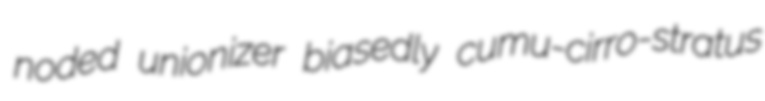
noded unionizer biasedly cumu-cirro-stratus